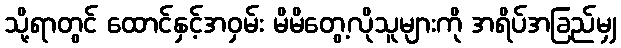
သို့ရာတွင် ထောင်နှင့်အဝှမ်း မိမိတွေ့လိုသူများကို အရိပ်အခြည်မျှ